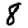
Digit: 8